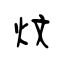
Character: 炆